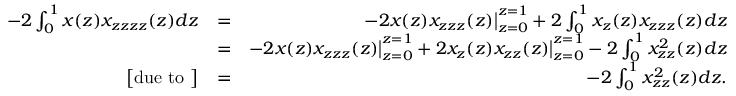
\begin{array} { r l r } { - 2 \int _ { 0 } ^ { 1 } x ( z ) x _ { z z z z } ( z ) d z } & { = } & { - 2 x ( z ) x _ { z z z } ( z ) \big | _ { z = 0 } ^ { z = 1 } + 2 \int _ { 0 } ^ { 1 } x _ { z } ( z ) x _ { z z z } ( z ) d z } \\ & { = } & { - 2 x ( z ) x _ { z z z } ( z ) \big | _ { z = 0 } ^ { z = 1 } + 2 x _ { z } ( z ) x _ { z z } ( z ) \big | _ { z = 0 } ^ { z = 1 } - 2 \int _ { 0 } ^ { 1 } x _ { z z } ^ { 2 } ( z ) d z } \\ { \big [ \mathrm { d u e ~ t o ~ } \big ] } & { = } & { - 2 \int _ { 0 } ^ { 1 } x _ { z z } ^ { 2 } ( z ) d z . } \end{array}